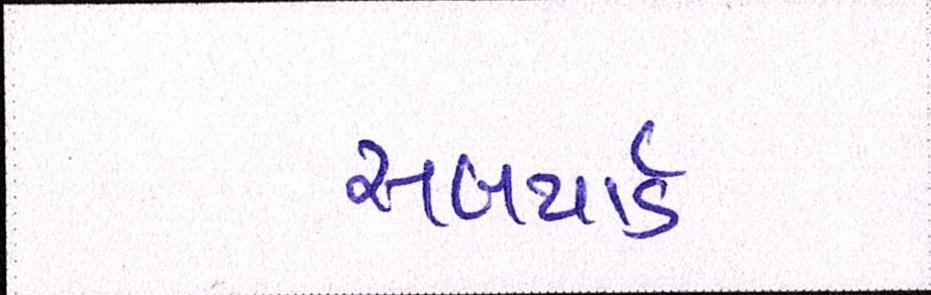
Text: સબયાર્ડ